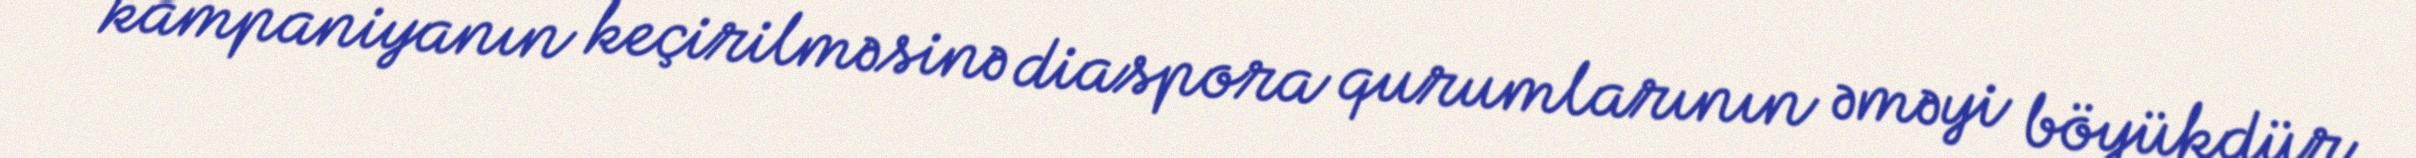
kampaniyanın keçirilməsinə diaspora qurumlarının əməyi böyükdür.